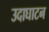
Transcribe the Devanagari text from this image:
उदाघाटन